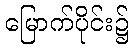
မြောက်ပိုင်း၌